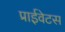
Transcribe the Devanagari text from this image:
प्राईवेटस